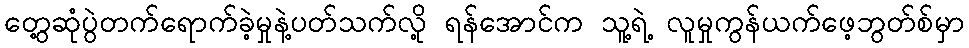
တွေ့ဆုံပွဲတက်ရောက်ခဲ့မှုနဲ့ပတ်သက်လို့ ရန်အောင်က သူ့ရဲ့ လူမှုကွန်ယက်ဖေ့ဘွတ်စ်မှာ